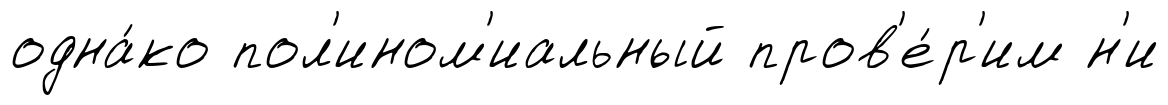
одна́ко пол'ином'иальный пров'е́р'им н'и